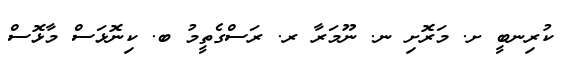
ކުރިނބީ ށ. މަރޮށި ނ. ނޫމަރާ ރ. ރަސްގެތީމު ބ. ކިނޮޅަސް މާޅޮސް